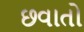
છવાતો